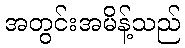
အတွင်းအမိန့်သည်